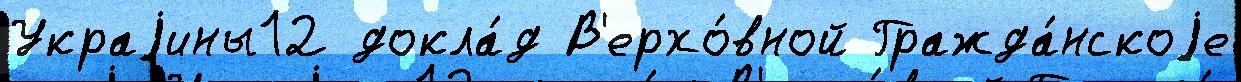
Украjины12 докла́д В'ерхо́вной Гражда́нскоjе